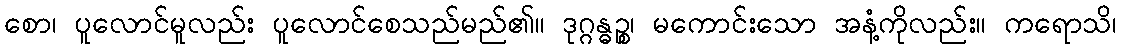
စော၊ ပူလောင်မူလည်း ပူလောင်စေသည်မည်၏။ ဒုဂ္ဂန္ဓဉ္စ၊ မကောင်းသော အနံ့ကိုလည်း။ ကရောသိ၊